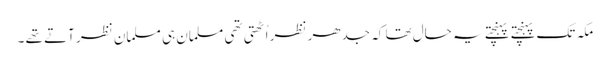
مکہ تک پہنچتے پہنچتے یہ حال تھا کہ جدھر نظر اُٹھتی تھی مسلمان ہی مسلمان نظر آتے تھے ۔